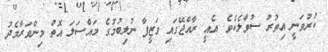
ކުރުވަނީ އިތުރު ސުވާލެކެވެ. އެއީ ރާއްޖޭގައި ވަޒީފާ ނުލިބުމުގެ މައްސަލަ އޮތް މިންވަރާމެދު